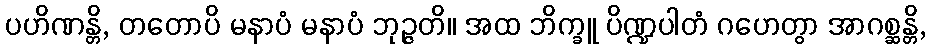
ပဟိဏန္တိ, တတောပိ မနာပံ မနာပံ ဘုဉ္ဇတိ။ အထ ဘိက္ခူ ပိဏ္ဍပါတံ ဂဟေတွာ အာဂစ္ဆန္တိ,